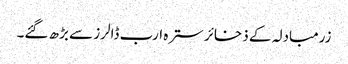
زرمبادلہ کے ذخائر سترہ ارب ڈالرز سے بڑھ گئے۔